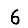
Digit: 6